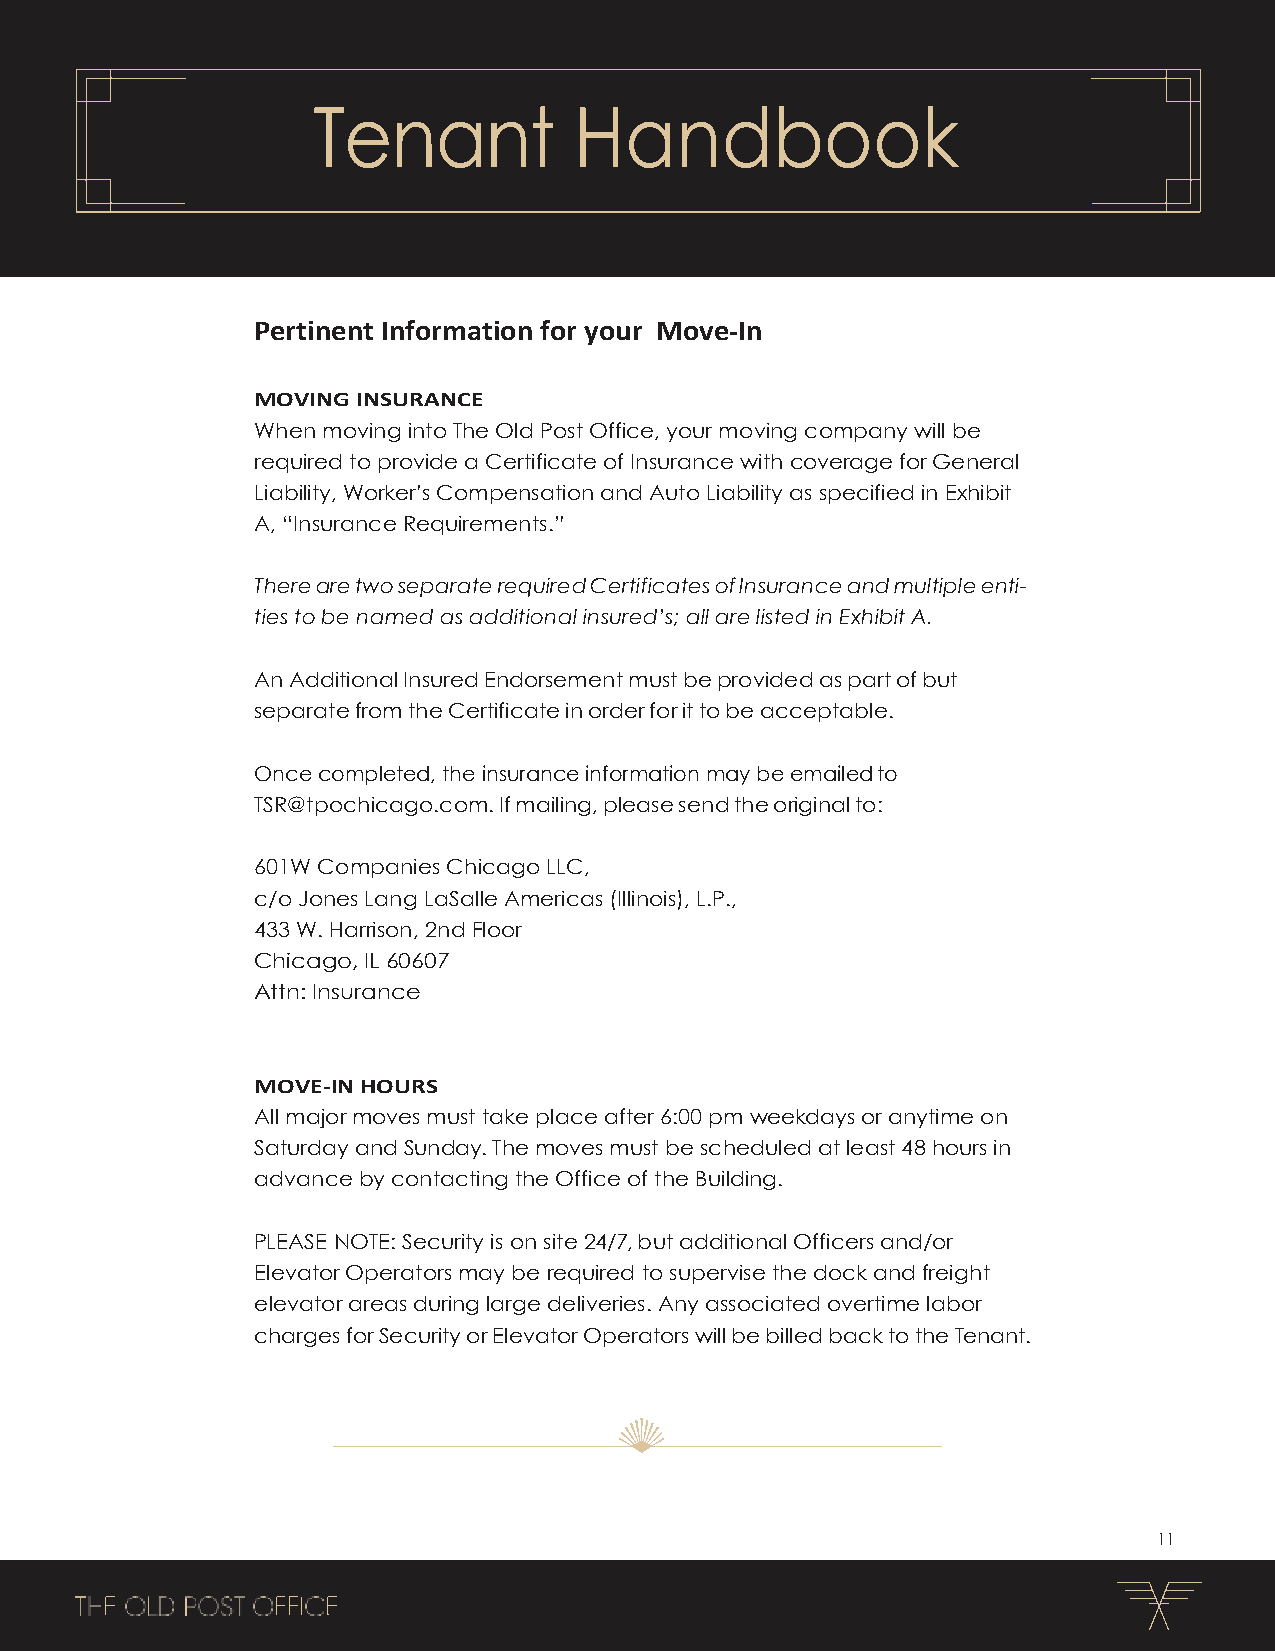
Tenant           Handbook
 Pertinent Information for your Move-In
 MOVING INSURANCE
 When moving into The Old Post Office, your moving company will be
 required to provide a Certificate of Insurance with coverage for General
 Liability, Worker’s Compensation and Auto Liability as specified in Exhibit
 A, “Insurance Requirements.”
 There are two separate required Certificates of Insurance and multiple enti-
 ties to be named as additional insured’s; all are listed in Exhibit A.
 An Additional Insured Endorsement must be provided as part of but
 separate from the Certificate in order for it to be acceptable.
 Once completed, the insurance information may be emailed to
 TSR@tpochicago.com. If mailing, please send the original to:
 601W Companies Chicago LLC,
 c/o Jones Lang LaSalle Americas (Illinois), L.P.,
 433 W. Harrison, 2nd Floor
 Chicago, IL 60607
 Attn: Insurance
 MOVE-IN HOURS
 All major moves must take place after 6:00 pm weekdays or anytime on
 Saturday and Sunday. The moves must be scheduled at least 48 hours in
 advance by contacting the Office of the Building.
 PLEASE NOTE: Security is on site 24/7, but additional Officers and/or
 Elevator Operators may be required to supervise the dock and freight
 elevator areas during large deliveries. Any associated overtime labor
 charges for Security or Elevator Operators will be billed back to the Tenant.
 11